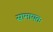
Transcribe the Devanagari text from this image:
सामायतः